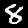
Digit: 8